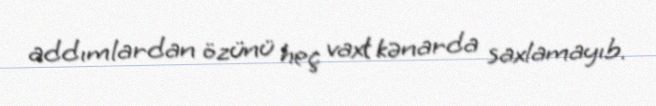
addımlardan özünü heç vaxt kənarda saxlamayıb.